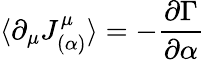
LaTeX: \langle\partial_{\mu}J_{(\alpha)}^{\mu}\rangle=-\frac{\partial\Gamma}{\partial\alpha}